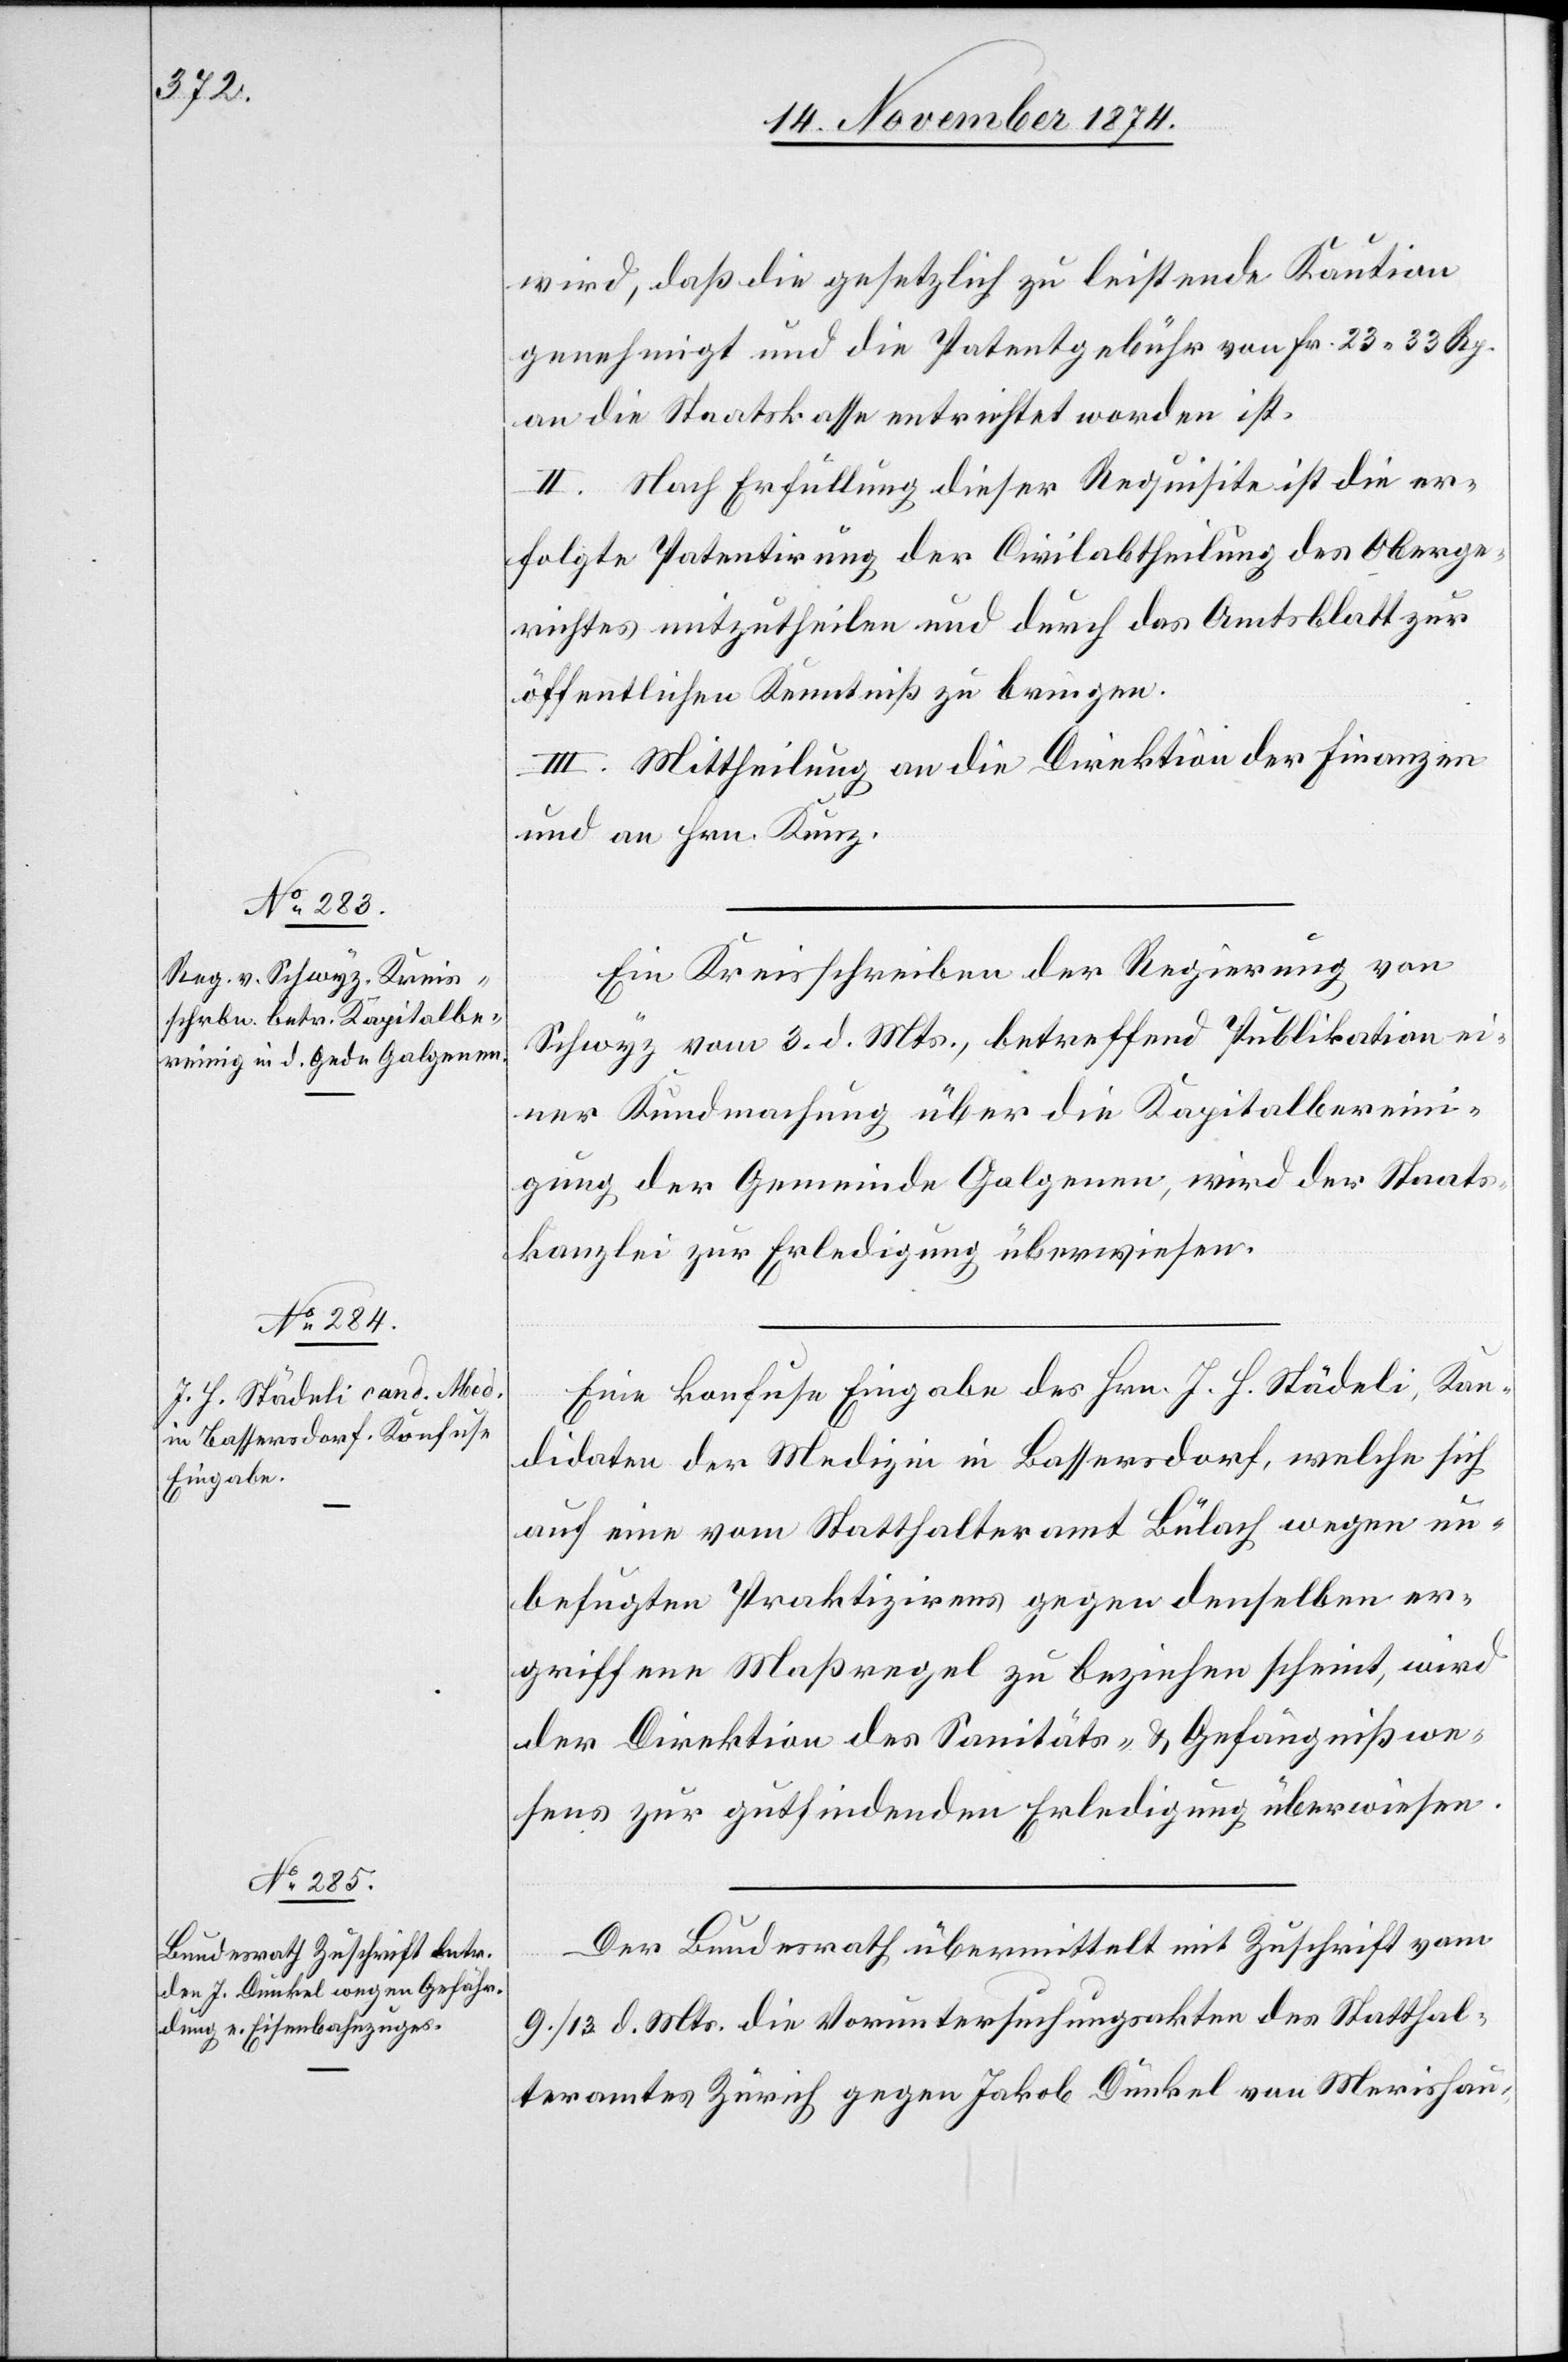
wird, daß die gesetzlich zu leistende Kaution
genehmigt und die Patentgebühr von Fr. 23. 33 Rp.
an die Staatskasse entrichtet worden ist.
II. Nach Erfüllung dieser Requisite ist die er¬
folgte Patentirung der Civilabtheilung des Oberge¬
richtes mitzutheilen und durch das Amtsblatt zur
öffentlichen Kenntniß zu bringen.
III. Mittheilung an die Direktion der Finanzen
und an Hrn. Kunz.
Ein Kreisschreiben der Regierung von
Schwyz vom 3. d. Mts., betreffend Publikation ei¬
ner Kundmachung über die Kapitalbereini¬
gung der Gemeinde Galgenen, wird der Staats¬
kanzlei zur Erledigung überwiesen.
Eine konfuse Eingabe des Hrn. J. H. Städeli, Kan¬
didaten der Medizin in Bassersdorf, welche sich
auf eine vom Statthalteramt Bülach wegen un¬
befugten Praktizirens gegen denselben er¬
griffene Maßregel zu beziehen scheint, wird
der Direktion des Sanitäts- & Gefängnißwe¬
sens zur gutfindenden Erledigung überwiesen.
Der Bundesrath übermittelt mit Zuschrift vom
9./13. d. Mts. die Voruntersuchungsakten des Statthal¬
teramtes Zürich gegen Jakob Dunkel von Merishau-